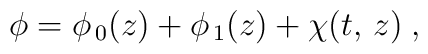
\phi=\phi_{\,0} (z) + \phi_{\,1} (z) +\chi (t,\,z)\;,